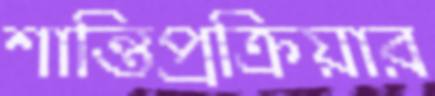
শান্তিপ্রক্রিয়ার